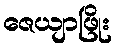
ဇေယျာဖြိုး